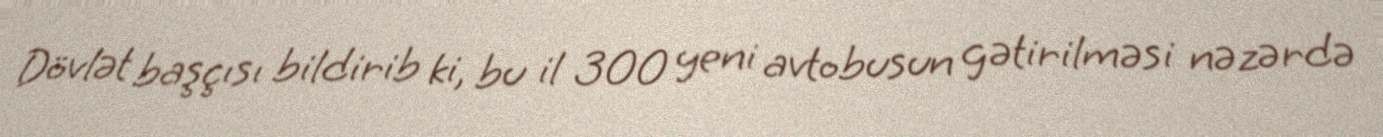
Dövlət başçısı bildirib ki, bu il 300 yeni avtobusun gətirilməsi nəzərdə